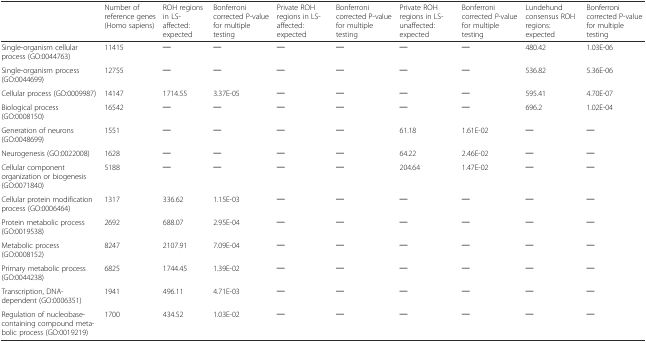
<table><thead><tr><td></td><td><b>Number of reference genes (Homo sapiens)</b></td><td><b>ROH regions in LS-affected: expected</b></td><td><b>Bonferroni corrected P-value for multiple testing</b></td><td><b>Private ROH regions in LS-affected: expected</b></td><td><b>Bonferroni corrected P-value for multiple testing</b></td><td><b>Private ROH regions in LS-unaffected: expected</b></td><td><b>Bonferroni corrected <i>P</i>-value for multiple testing</b></td><td><b>Lundehund consensus ROH regions: expected</b></td><td><b>Bonferroni corrected P-value for multiple testing</b></td></tr></thead><tbody><tr><td>Single-organism cellular process (GO:0044763)</td><td>11415</td><td>─</td><td>─</td><td>─</td><td>─</td><td>─</td><td>─</td><td>480.42</td><td>1.03E-06</td></tr><tr><td>Single-organism process (GO:0044699)</td><td>12755</td><td>─</td><td>─</td><td>─</td><td>─</td><td>─</td><td>─</td><td>536.82</td><td>5.36E-06</td></tr><tr><td>Cellular process (GO:0009987)</td><td>14147</td><td>1714.55</td><td>3.37E-05</td><td>─</td><td>─</td><td>─</td><td>─</td><td>595.41</td><td>4.70E-07</td></tr><tr><td>Biological process (GO:0008150)</td><td>16542</td><td>─</td><td>─</td><td>─</td><td>─</td><td>─</td><td>─</td><td>696.2</td><td>1.02E-04</td></tr><tr><td>Generation of neurons (GO:0048699)</td><td>1551</td><td>─</td><td>─</td><td>─</td><td>─</td><td>61.18</td><td>1.61E-02</td><td>─</td><td>─</td></tr><tr><td>Neurogenesis (GO:0022008)</td><td>1628</td><td>─</td><td>─</td><td>─</td><td>─</td><td>64.22</td><td>2.46E-02</td><td>─</td><td>─</td></tr><tr><td>Cellular component organization or biogenesis (GO:0071840)</td><td>5188</td><td>─</td><td>─</td><td>─</td><td>─</td><td>204.64</td><td>1.47E-02</td><td>─</td><td>─</td></tr><tr><td>Cellular protein modification process (GO:0006464)</td><td>1317</td><td>336.62</td><td>1.15E-03</td><td>─</td><td>─</td><td>─</td><td>─</td><td>─</td><td>─</td></tr><tr><td>Protein metabolic process (GO:0019538)</td><td>2692</td><td>688.07</td><td>2.95E-04</td><td>─</td><td>─</td><td>─</td><td>─</td><td>─</td><td>─</td></tr><tr><td>Metabolic process (GO:0008152)</td><td>8247</td><td>2107.91</td><td>7.09E-04</td><td>─</td><td>─</td><td>─</td><td>─</td><td>─</td><td>─</td></tr><tr><td>Primary metabolic process (GO:0044238)</td><td>6825</td><td>1744.45</td><td>1.39E-02</td><td>─</td><td>─</td><td>─</td><td>─</td><td>─</td><td>─</td></tr><tr><td>Transcription, DNA-dependent (GO:0006351)</td><td>1941</td><td>496.11</td><td>4.71E-03</td><td>─</td><td>─</td><td>─</td><td>─</td><td>─</td><td>─</td></tr><tr><td>Regulation of nucleobase-containing compound metabolic process (GO:0019219)</td><td>1700</td><td>434.52</td><td>1.03E-02</td><td>─</td><td>─</td><td>─</td><td>─</td><td>─</td><td>─</td></tr></tbody></table>